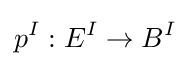
p^{I}:E^{I}\to B^{I}